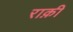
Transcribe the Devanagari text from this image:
राक़ी